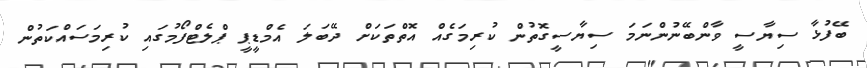
ބޭފުޅާ ސިޔާސީ ވާންބޭނުންނަމަ ސިޔާސީގޮތުން ކުރިމަގެއް އޮތްތަކަށް ދޭބަލަ އެމްޑީޕީ ޕްލެޓްފޯމުގައި ކުރިމަސައްކަތުން